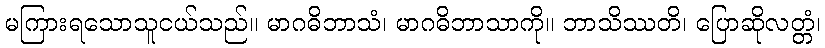
မကြားရသောသူငယ်သည်။ မာဂဓိဘာသံ၊ မာဂဓိဘာသာကို။ ဘာသိဿတိ၊ ပြောဆိုလတ္တံ၊